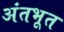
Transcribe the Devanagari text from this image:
अंतभूत